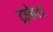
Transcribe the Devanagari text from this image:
ट्राकेटर